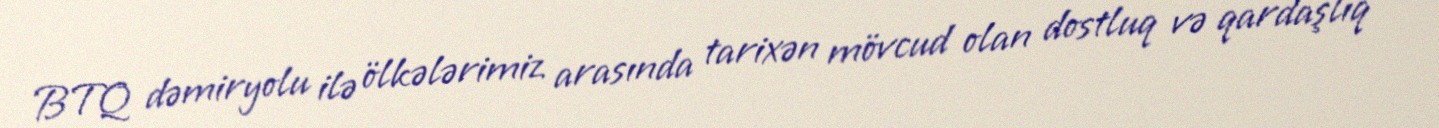
BTQ dəmiryolu ilə ölkələrimiz arasında tarixən mövcud olan dostluq və qardaşlıq